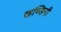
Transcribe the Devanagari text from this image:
खण्डिनी